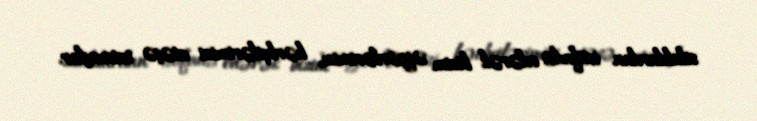
silahlardan istifadə edərək bizim əsgərlərimizi, hərbçilərimizi atəşə tutmuşlar.